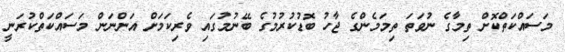
މަސައްކަތްކޮށް ތިމާގެ ނުވަތަ ތިމަމެންގެ ޖާހު ބޮޑުކުރުމުގެ ބޭނުމުގައި ވެރިކަމަށް އަންނަން މަސައްކަތްކުރަނީ